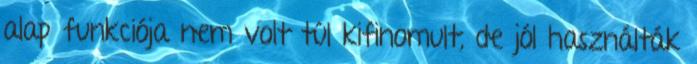
alap funkciója nem volt túl kifinomult, de jól használták